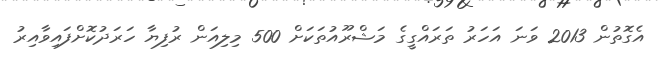
އެގޮތުން 2013 ވަނަ އަހަރު ތަރައްގީގެ މަޝްރޫއުތަކަށް 500 މިލިއަން ރުފިޔާ ހަރަދުކޮށްފައިވާއިރު